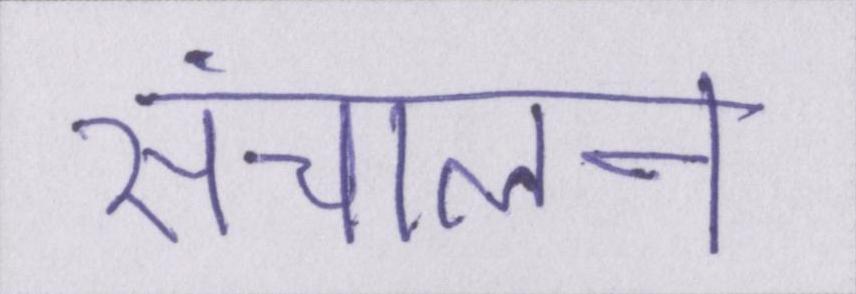
संचालन